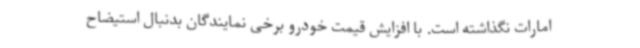
امارات نگذاشته است. با افزایش قیمت خودرو برخی نمایندگان بدنبال استیضاح